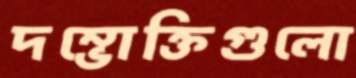
দম্ভোক্তিগুলো